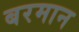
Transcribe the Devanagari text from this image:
बरमान